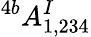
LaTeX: ^{4b}A_{1,234}^{I}